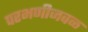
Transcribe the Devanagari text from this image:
परभणीजवळ